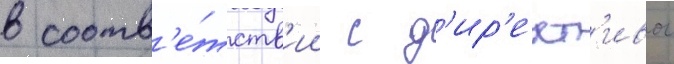
в соотв'е́тств'ии с д'ир'ект'ивои